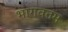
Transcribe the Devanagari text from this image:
भागवतम